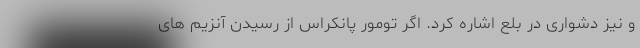
و نیز دشواری در بلع اشاره کرد. اگر تومور پانکراس از رسیدن آنزیم های